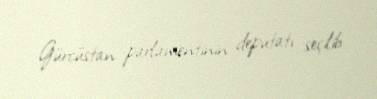
Gürcüstan parlamentinin deputatı seçilib.